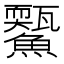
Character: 𩼭